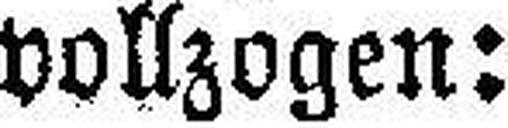
vollzogen: